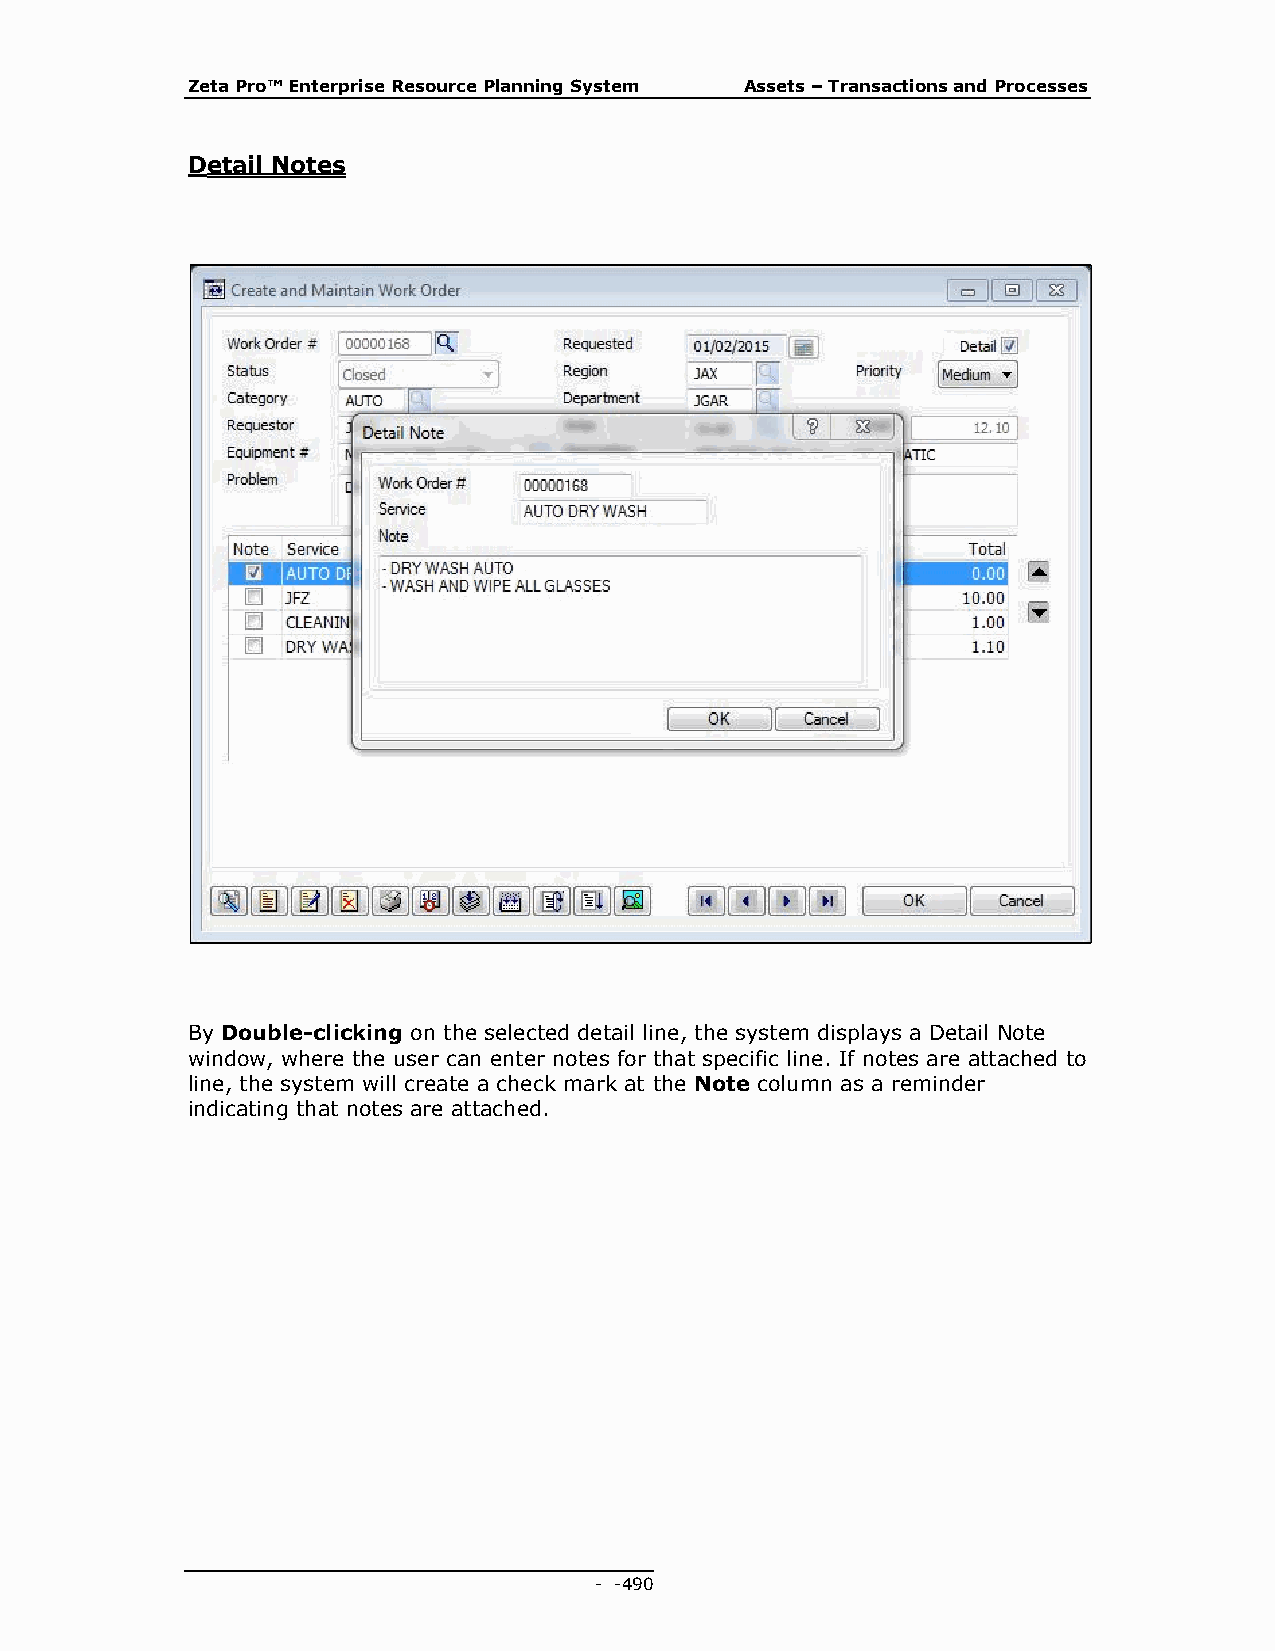
Zeta Pro™ Enterprise Resource Planning System Assets – Transactions and Processes
 Detail Notes
 By Double-clicking on the selected detail line, the system displays a Detail Note
 window, where the user can enter notes for that specific line. If notes are attached to
 line, the system will create a check mark at the Note column as a reminder
 indicating that notes are attached.
 - - 490